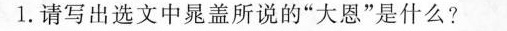
1.请写出选文中晁盖所说的”大恩”是什么?